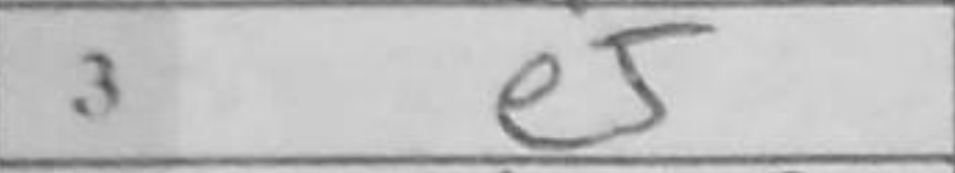
Transcription: e5